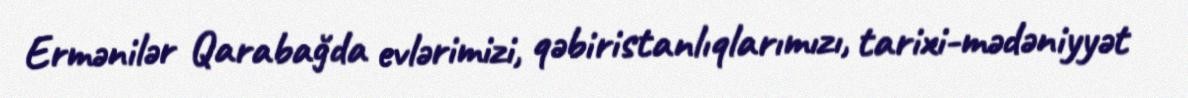
Ermənilər Qarabağda evlərimizi, qəbiristanlıqlarımızı, tarixi-mədəniyyət